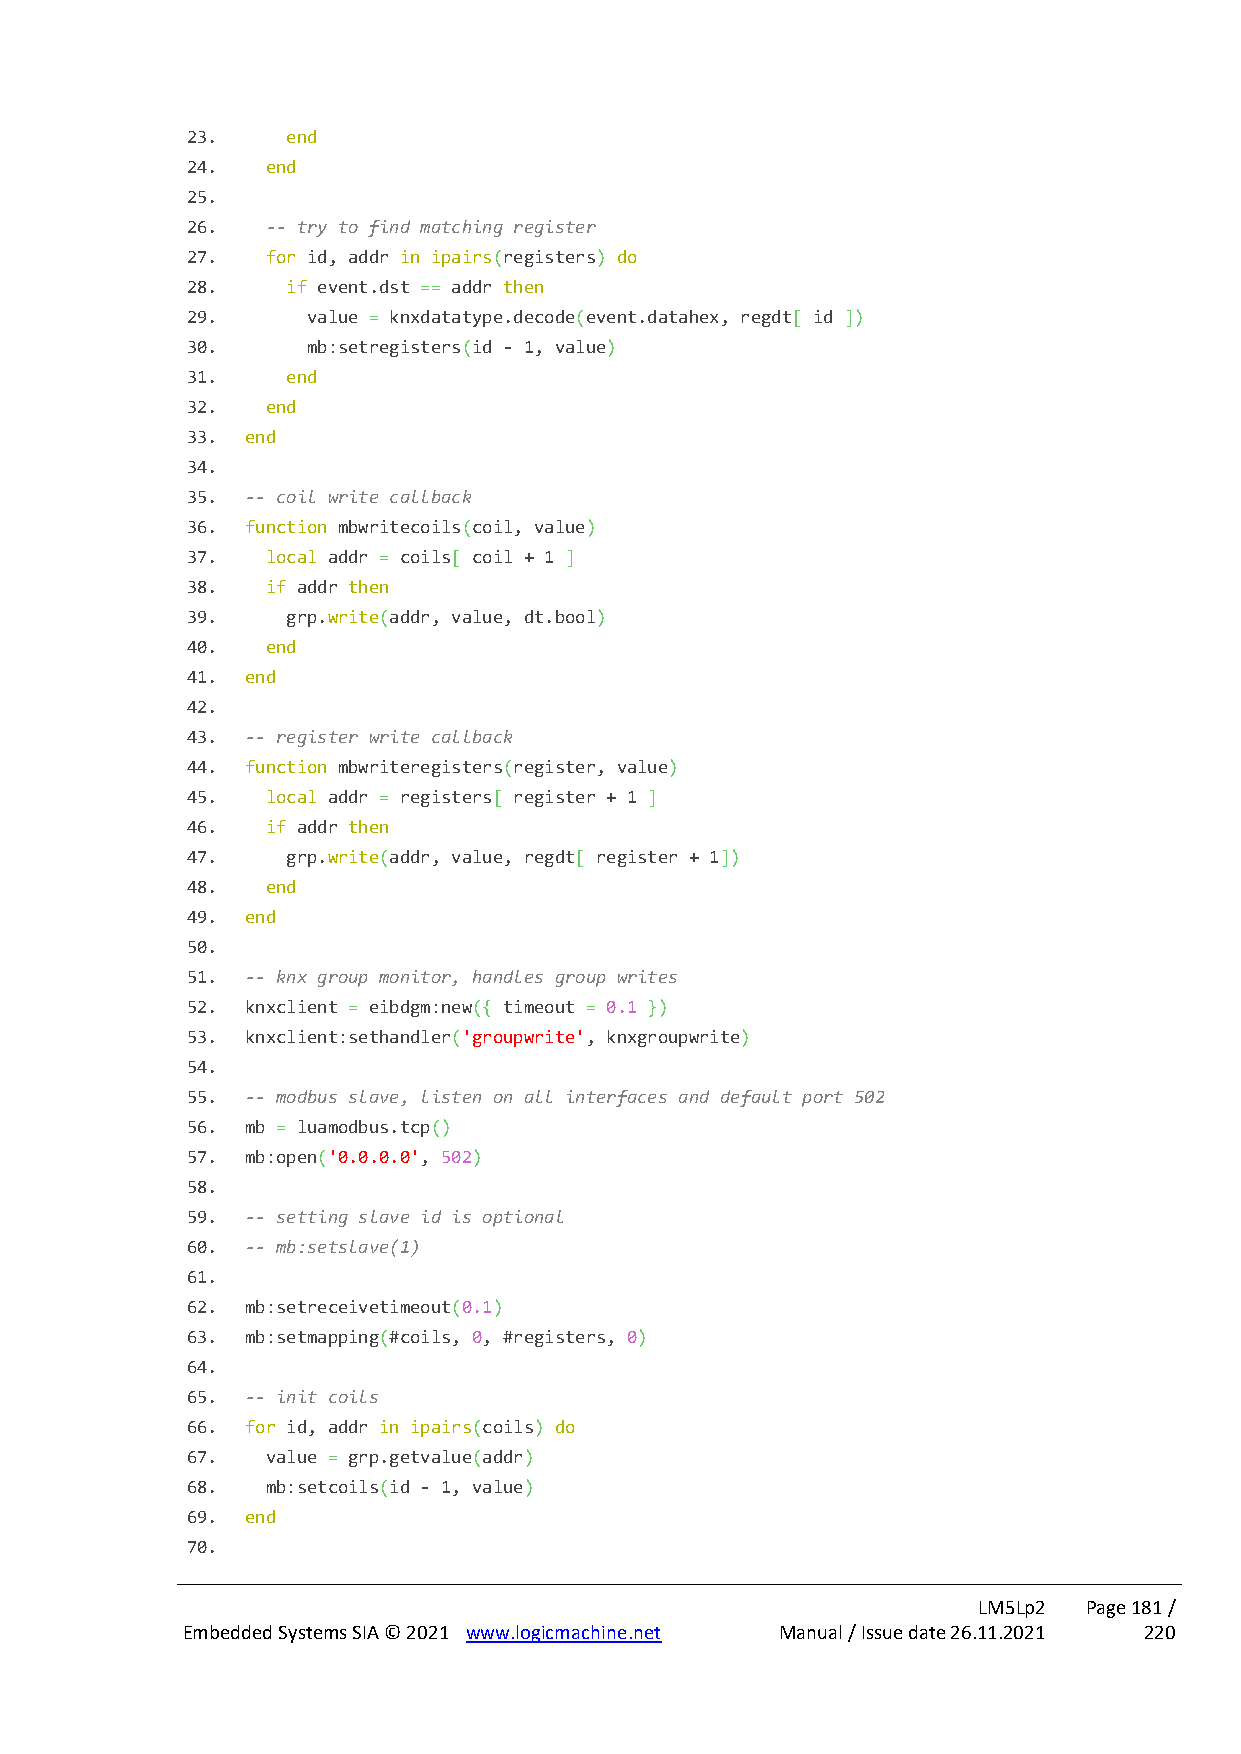
23.    end
 24.   end
 25.
 26.   -- try to find matching register
 27.   for id, addr in ipairs(registers) do
 28.    if event.dst == addr then
 29.     value = knxdatatype.decode(event.datahex, regdt[ id ])
 30.     mb:setregisters(id - 1, value)
 31.    end
 32.   end
 33. end
 34.
 35. -- coil write callback
 36. function mbwritecoils(coil, value)
 37.   local addr = coils[ coil + 1 ]
 38.   if addr then
 39.    grp.write(addr, value, dt.bool)
 40.   end
 41. end
 42.
 43. -- register write callback
 44. function mbwriteregisters(register, value)
 45.   local addr = registers[ register + 1 ]
 46.   if addr then
 47.    grp.write(addr, value, regdt[ register + 1])
 48.   end
 49. end
 50.
 51. -- knx group monitor, handles group writes
 52. knxclient = eibdgm:new({ timeout = 0.1 })
 53. knxclient:sethandler('groupwrite', knxgroupwrite)
 54.
 55. -- modbus slave, listen on all interfaces and default port 502
 56. mb = luamodbus.tcp()
 57. mb:open('0.0.0.0', 502)
 58.
 59. -- setting slave id is optional
 60. -- mb:setslave(1)
 61.
 62. mb:setreceivetimeout(0.1)
 63. mb:setmapping(#coils, 0, #registers, 0)
 64.
 65. -- init coils
 66. for id, addr in ipairs(coils) do
 67.   value = grp.getvalue(addr)
 68.   mb:setcoils(id - 1, value)
 69. end
 70.
 LM5Lp2 Page 181 /
 Embedded Systems SIA © 2021 www.logicmachine.net Manual / Issue date 26.11.2021 220